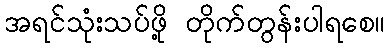
အရင်သုံးသပ်ဖို့ တိုက်တွန်းပါရစေ။